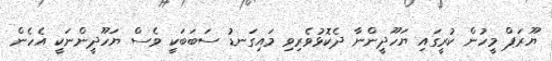
ޔޫރަޕް މީހުން ކުރީގައި ޔަހޫދީންނާ ދެކޮޅުވެރިވި މައިގަނޑު ސަބަބަކީ ވެސް ޔަހޫދީންނަކީ އެހެން